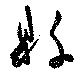
縣